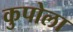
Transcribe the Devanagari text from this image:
कुपोला